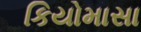
કિયોમાસા